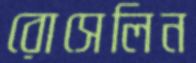
রোসেলিন